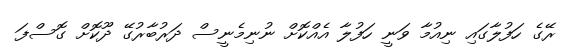
ރޭގެ ހަފުލާގައި ނިއުމާ ވަނީ ހަފުލާ އެއްކޮށް ނުނިމެނީސް ދަރުބާރުގޭ ދޫކޮށް ގޮސްފަ